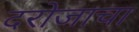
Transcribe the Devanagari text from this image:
दरोजाचा